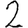
Digit: 2